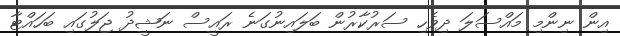
އިން ނިންމި މައްސަލަ ދިވެހި ސަރުކާރުން ބަލައިނުގަނެ ރައީސް ނަޝީދު ޖަލުގައި ބަހައްޓާ